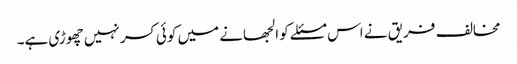
مخالف فریق نے اس مسئلے کو الجھانے میں کوئی کسر نہیں چھوڑی ہے۔